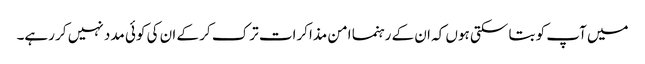
میں آپ کو بتا سکتی ہوں کہ ان کے رہنما امن مذاکرات ترک کر کے ان کی کوئی مدد نہیں کر رہے۔